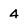
Character: 4